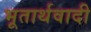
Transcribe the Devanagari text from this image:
भूतार्थवादी